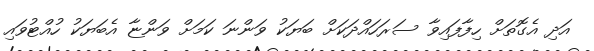
އަދި އެގޮތަށް ހިފާފައިވާ ސަރަހައްދަކަށް ބަޔަކު ވަންނަ ކަމަށް ވަންޏާ އެބަޔަކު ހުއްޓުވައި